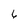
Character: 6